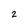
Character: 2